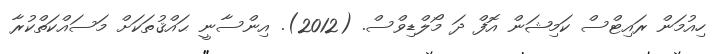
ހިއުމަން ރައިޓްސް ކަމިޝަން އޮފް ދަ މޯލްޑިވްސް. (2012). އިންސާނީ ޙައްޤުތަކަށް މަސައްކަތްކުރާ